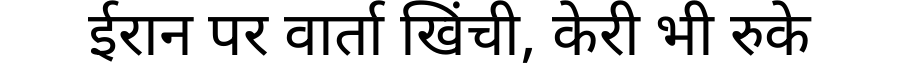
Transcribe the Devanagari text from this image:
ईरान पर वार्ता खिंची, केरी भी रुके